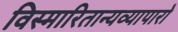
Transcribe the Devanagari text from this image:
विस्मारितान्यव्यापारो